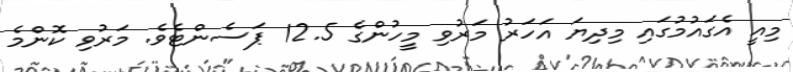
މިއީ އެގައުމުގައި މިދިޔަ އަހަރު މަރުވި މީހުންގެ 12.5 ޕަސެންޓެވެ. މަރުވި ކޮންމެ